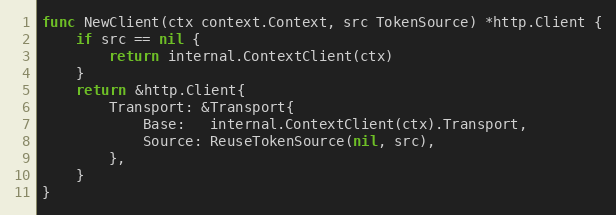
Language: Go
func NewClient(ctx context.Context, src TokenSource) *http.Client {
	if src == nil {
		return internal.ContextClient(ctx)
	}
	return &http.Client{
		Transport: &Transport{
			Base:   internal.ContextClient(ctx).Transport,
			Source: ReuseTokenSource(nil, src),
		},
	}
}